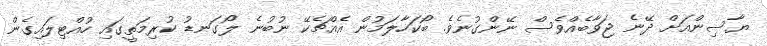
ޔާސިންއަށް ދޭނެ ޖަވާބެއްވެސް ނޭންގުނެވެ. ބޯކަހާލަމުން އެއްޗެކޭ ނުބުނެ ލޯގަނޑު ކުރިމަތީގައި ހުއްޓިލައިގެން